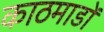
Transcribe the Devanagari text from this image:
काठमाडों